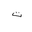
Letter: _ta